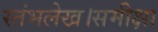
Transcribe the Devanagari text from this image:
स्तंभलेख।समीक्षा